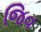
જિવ